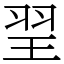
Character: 䍿